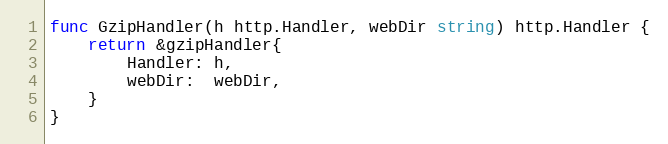
Language: Go
func GzipHandler(h http.Handler, webDir string) http.Handler {
	return &gzipHandler{
		Handler: h,
		webDir:  webDir,
	}
}